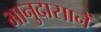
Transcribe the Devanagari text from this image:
भानुदासानें